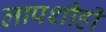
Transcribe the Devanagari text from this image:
लापशीही